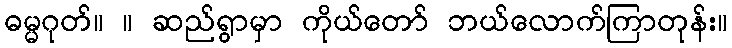
ဓမ္မဂုတ်။ ။ ဆည်ရွာမှာ ကိုယ်တော် ဘယ်လောက်ကြာတုန်း။